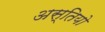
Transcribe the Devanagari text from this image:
अस्तियो